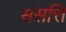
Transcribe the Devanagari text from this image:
संसत्ति